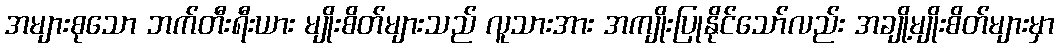
အများစုသော ဘက်တီးရီးယား မျိုးစိတ်များသည် လူသားအား အကျိုးပြုနိုင်သော်လည်း အချို့မျိုးစိတ်များမှာ